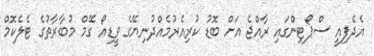
އެދެފިއީ ސްޕޯޓިންގައި ރާއްޖެ އަށް ބޮޑު ކުރިއެރުމެއްދުނިޔޭގެ ވީޑިއޯ ގޭމް މުބާރާތުގެ ޓެލެކޮމް